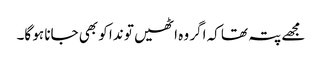
مجھے پتہ تھا کہ اگر وہ اٹھیں تو ندا کو بھی جانا ہو گا۔